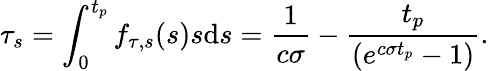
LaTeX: \tau_{s}=\int_{0}^{t_{p}}f_{\tau,s}(s)s\mathrm{d}s=\frac{1}{c\sigma}-\frac{t_{p}}{\left(e^{c\sigma t_{p}}-1\right)}.